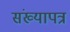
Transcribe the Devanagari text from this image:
संख्यापत्र